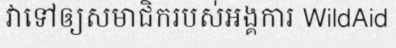
វាទៅឲ្យសមាជិករបស់អង្គការ WildAid